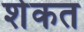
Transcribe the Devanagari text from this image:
शेकत